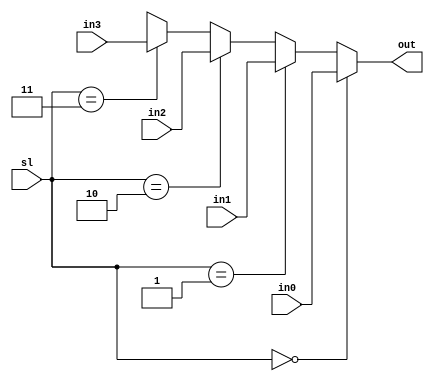
module mux4To1(in0, in1, in2, in3, sl, out);
        input [31:0] in0, in1, in2, in3;
        input [1:0] sl;
        output [31:0] out;
        
        assign out =
                sl == 2'b00 ? in0 :
                sl == 2'b01 ? in1 :
                sl == 2'b10 ? in2 :
                sl == 2'b11 ? in3 :
                32'bx;
endmodule